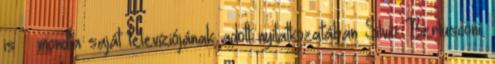
is – mondta saját televíziójának adott nyilatkozatában Silvio Berlusconi.